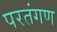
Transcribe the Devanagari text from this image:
परतंगण